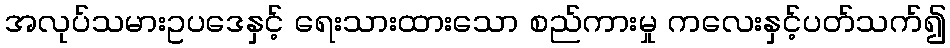
အလုပ်သမားဥပဒေနှင့် ရေးသားထားသော စည်ကားမှု ကလေးနှင့်ပတ်သက်၍